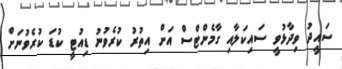
ސައީދު ވިދާޅުވީ ސައިކަލާއި ގާމެންޓްސް އަށް އިތުރު ކުރެވުނު ޑިއުޓީ ކުޑަ ކުރެވުނަށް